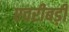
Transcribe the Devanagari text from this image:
एवरीबड़ी